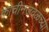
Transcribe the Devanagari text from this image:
कोचीनजवळच्या